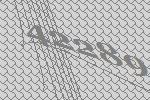
42289